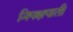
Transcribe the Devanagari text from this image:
निपक्षपाती